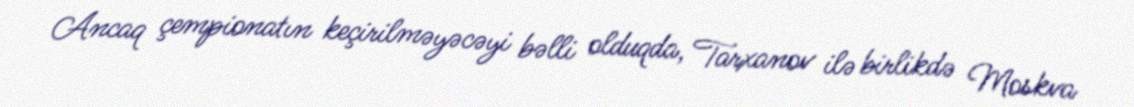
Ancaq çempionatın keçirilməyəcəyi bəlli olduqda, Tarxanov ilə birlikdə Moskva